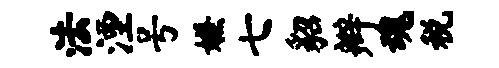
法湮号嫌七貂辫魂税